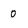
Character: 0